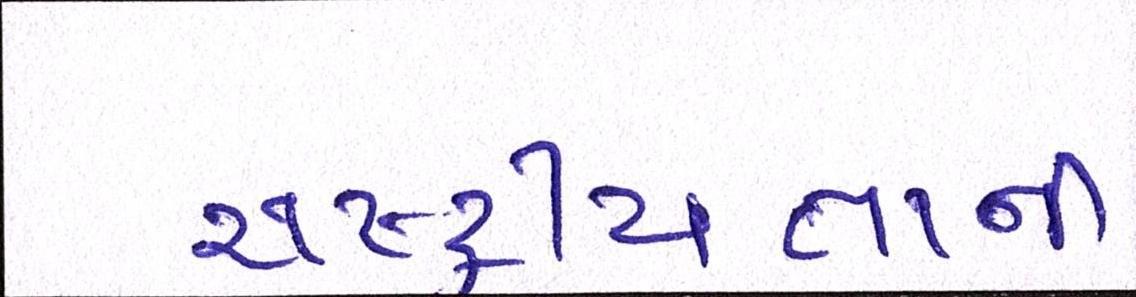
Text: રાષ્ટ્રીયતાની